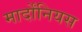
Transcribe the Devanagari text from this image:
मार्दोंनियस